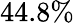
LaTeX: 44.8\%